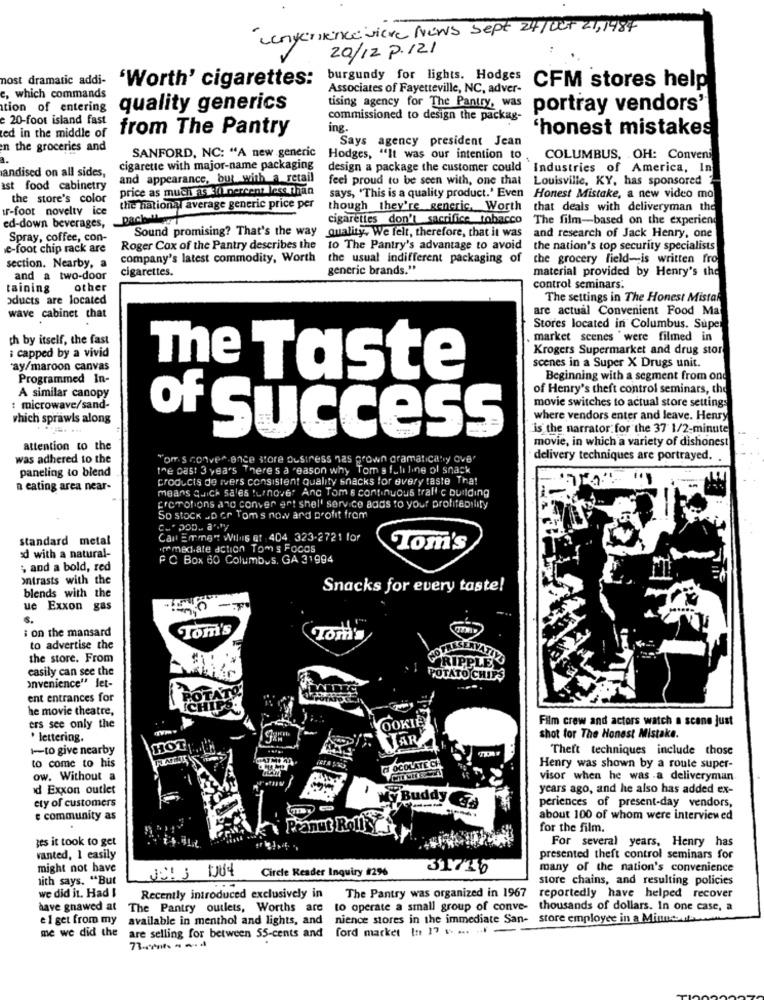
convenience viere News Sept 24/ 007 21, 1984
20/12 P. 121
most dramatic addi-
'Worth' cigarettes:
burgundy for lights. Hodges
Associates of Fayetteville, NC, adver-
CFM stores help
e, which commands
tion of entering
quality generics
tising agency for The Pantry, was
portray vendors'
e 20-foot island fast
commissioned to design the packag-
ted in the middle of
from The Pantry
ing.
'honest mistakes
Says agency president Jean
n the groceries and
SANFORD, NC: "A new generic
Hodges, "It was our intention to .
COLUMBUS, OH: Conveni
cigarette with major-name packaging
design a package the customer could Industries of America, In
andised on all sides,
and appearance, but with a retail
feel proud to be seen with, one that
Louisville, KY, has sponsored ?
ast food cabinetry
price as much as s'ilpercent less Than
the store's color
says, "This is a quality product.' Even Honest Mistake, a new video mo
ur-foot novelty ice
the national average generic price per
though they're generic, Worth that deals with deliveryman the
cigarettes don't sacrifice tobacco The film-based on the experiend
ed-down beverages,
Spray, coffee, con-
Sound promising? That's the way quality. We felt, therefore, that it was and research of Jack Henry, one
e-foot chip rack are
Roger Cox of the Pantry describes the
to The Pantry's advantage to avoid the nation's top security specialists
section. Nearby, a
company's latest commodity, Worth
the usual indifferent packaging of
the grocery field-is written fro
cigarettes.
generic brands."
material provided by Henry's the
and a two-door
taining
other
control seminars.
oducts are located
The settings in The Honest Mistal
are actual Convenient Food Ma
wave cabinet that
Stores located in Columbus. Super
th by itself, the fast
market scenes "were filmed in
: capped by a vivid
Krogers Supermarket and drug stor
ray/maroon canvas
scenes in a Super X Drugs unit.
Programmed In-
The Taste
Beginning with a segment from ond
of Henry's theft control seminars, the
A similar canopy
movie switches to actual store settings
:microwave/sand-
which sprawls along
where vendors enter and leave. Henry
is the narrator for the 37 1/2-minute
of Success
movie, in which a variety of dishonest
attention to the
was adhered to the
"om.s conver ence store Oustress has grown gramaticaby ove'
delivery techniques are portrayed.
paneling to blend
the past 3 years There's a reason why Toma fuli line ol snack
products de ivers consistent Quality snacks for every taste Tha!
n eating area near-
means quick sales turnover Anc Tom s continuous traff c building
promotions ang conver art shel' service adas to your profitability
So stock JD er Toms now and profit from
standard metal
Car Emment Wilnis of 404 323-2721 for
immediate action Tom's Focos
Tom's
ed with a natural-
PC Box 60 Columbus, GA 31994
; and a bold, red
ontrasts with the
blends with the
Snacks for every taste!
ue Exxon gas
S.
i on the mansard
Tom's
Tom's
to advertise the
HOTELS
ESENVAT
the store. From
casily can see the
RIPPLES
anvenience" let-
POTATO CHIPS
ent entrances for
POTATO
he movie theatre,
ICHIPS.
Film crew and actors watch a scane just
ers see only the
OOKI
. lettering.
TAR
shot for The Honest Mistake.
1-to give nearby
HOT
Theft techniques include those
to come to his
CHOCOLATE CH
Henry was shown by a route super-
ow. Without a
visor when he was .a deliveryman
d Exxon outlet
years ago, and he also has added ex-
ety of customers
yBuddy
periences of present-day vendors,
e community as
about 100 of whom were interviewed
for the film.
zes it took to get
For several years, Henry has
vanted, 1 easily
presented theft control seminars for
might not have
JO! 3 004
Circle Reader Inquiry #29%
31716
many of the nation's convenience
nith says. "But
store chains, and resulting policies
we did it. Had I
Recently introduced exclusively in The Pantry was organized in 1967
reportedly have helped recover
have gnawed at
The Pantry outlets, Worths are to operate a small group of conve-
thousands of dollars. In one case, a
e 1 get from my
available in menthol and lights, and nience stores in the immediate San- store employee in a Minne
me we did the
are selling for between 55-cents and ford market In 17 v. ... ... .